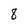
Character: 8